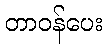
တာဝန်ပေး